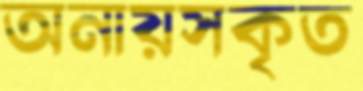
অনায়সকৃত